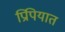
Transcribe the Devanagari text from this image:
प्रिपियात